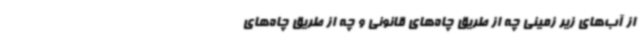
از آب‌های زیر زمینی چه از طریق چاه‌های قانونی و چه از طریق چاه‌های